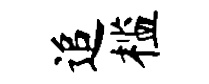
追槛